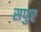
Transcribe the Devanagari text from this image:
सपुर